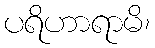
ပရိဟာရာမိ၊